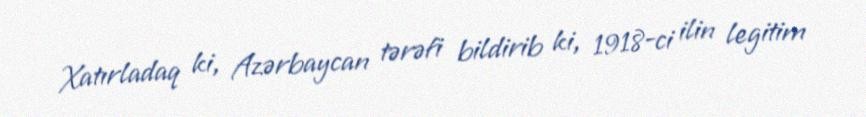
Xatırladaq ki, Azərbaycan tərəfi bildirib ki, 1918-ci ilin legitim